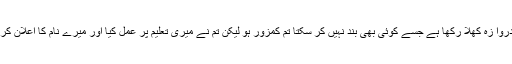
میں نے تمہا رے سامنے دروا زہ کھلا رکھا ہے جسے کوئی بھی بند نہیں کر سکتا تم کمزور ہو لیکن تم نے میری تعلیم پر عمل کیا اور میرے نام کا اعلان کر نے سے کبھی نہیں ڈرے۔